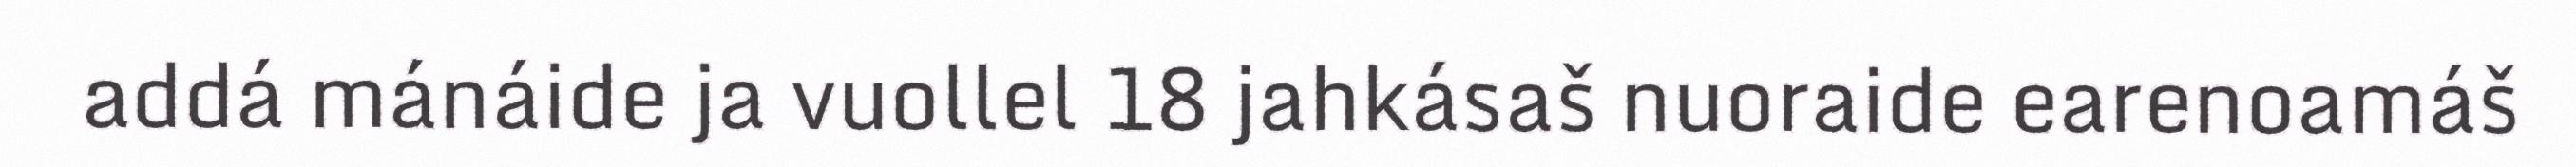
addá mánáide ja vuollel 18 jahkásaš nuoraide earenoamáš